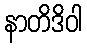
နာတိဒိဝါ